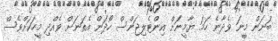
ބަުނަން މީނަ ވެދާނެ ހަމަ ޔާމީނަށް އިންޓެލިޖަންސް ހޯދަން އެތަނަށް ވެއްދި މީހަކަށްވެސް